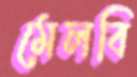
মেলবি